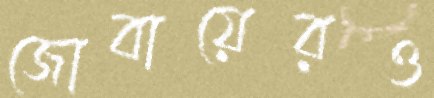
জোবায়েরও